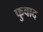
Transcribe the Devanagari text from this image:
फुवाद